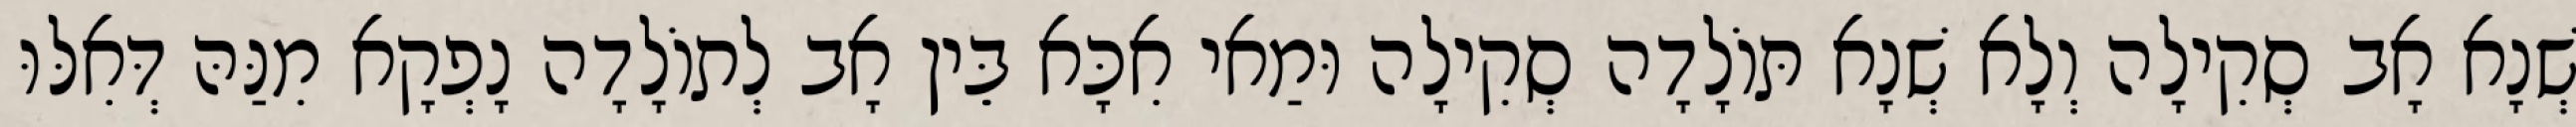
שְׁנָא אָב סְקִילָה וְלָא שְׁנָא תּוֹלָדָה סְקִילָה וּמַאי אִכָּא בֵּין אָב לְתוֹלָדָה נָפְקָא מִנַּהּ דְּאִלּוּ